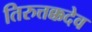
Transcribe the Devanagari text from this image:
तिरुत्तक्कदेव